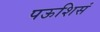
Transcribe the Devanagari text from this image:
पऊशिसं